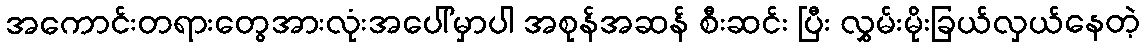
အကောင်းတရားတွေအားလုံးအပေါ်မှာပါ အစုန်အဆန် စီးဆင်း ပြီး လွှမ်းမိုးခြယ်လှယ်နေတဲ့